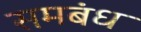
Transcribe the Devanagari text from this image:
समबंध